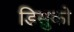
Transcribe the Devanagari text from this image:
डिसुको